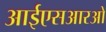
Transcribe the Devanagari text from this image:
आईएसआरओ